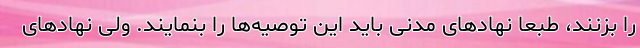
را بزنند، طبعا نهادهای مدنی باید این توصیه‌ها را بنمایند. ولی نهادهای